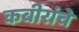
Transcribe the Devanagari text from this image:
कबीरांचे